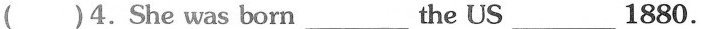
( )4.She was born ___ the US ___ 1880.